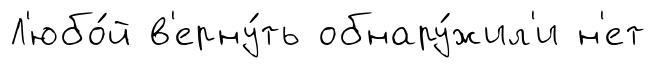
Л'юбо́й в'ерну́ть обнару́жил'и н'ет